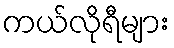
ကယ်လိုရီများ